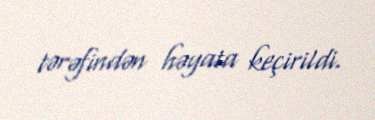
tərəfindən həyata keçirildi.